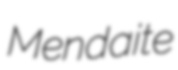
Mendaite